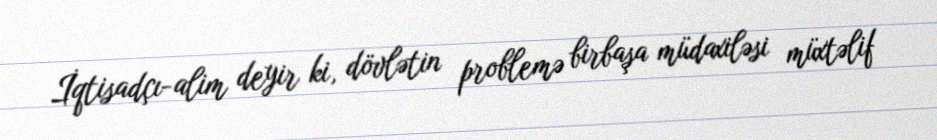
İqtisadçı-alim deyir ki, dövlətin problemə birbaşa müdaxiləsi müxtəlif